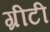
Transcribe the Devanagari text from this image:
ग्रीटी